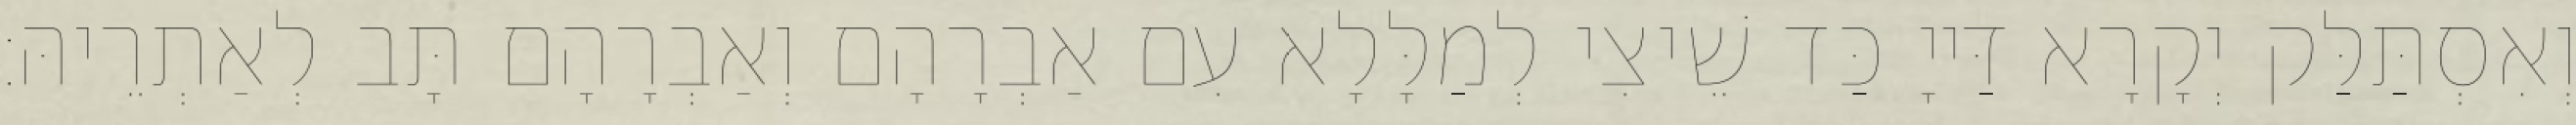
וְאִסְתַּלַּק יְקָרָא דַּייָ כַּד שֵׁיצִי לְמַלָּלָא עִם אַבְרָהָם וְאַבְרָהָם תָּב לְאַתְרֵיהּ׃